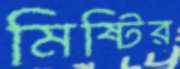
মিষ্টির